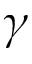
\gamma